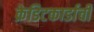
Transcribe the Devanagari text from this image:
क्रेडिटकार्डाची